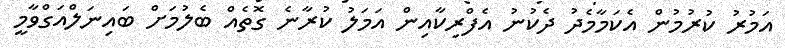
އަމުރު ކުރުމުން އެކަމާމެދު ދެކުނު އެފްރިކާއިން އަމަލު ކުރާނެ ގޮތެއް ބެލުމަށް ބައިނަލްއަގްވާމީ